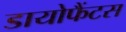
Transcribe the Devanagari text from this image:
डायोफैंटस